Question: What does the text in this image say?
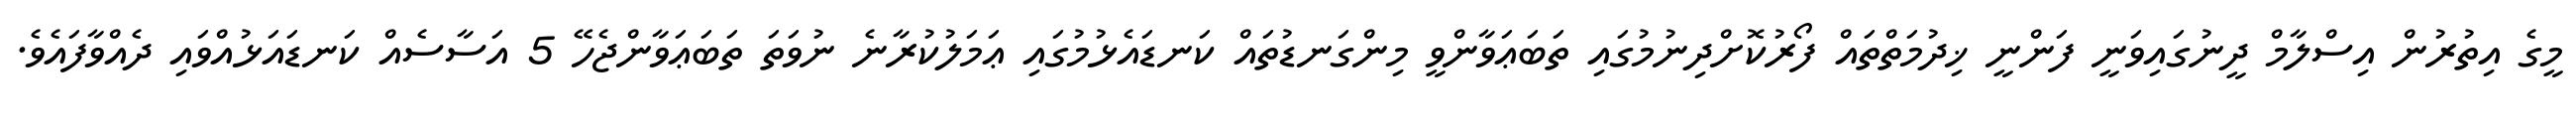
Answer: މީގެ އިތުރުން އިސްލާމް ދީނުގައިވަނީ ފަންނީ ޚިދުމަތްތައް ފޯރުކޮށްދިނުމުގައި ތަބަޢަވާންވީ މިންގަނޑުތައް ކަނޑައެޅުމުގައި ޢަމަލުކުރާނެ ނުވަތަ ތަބަޢަވާންޖެހޭ 5 އަސާސެއް ކަނޑައަޅުއްވައި ދެއްވާފައެވެ.